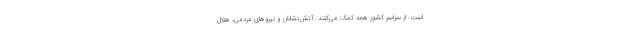
است. از سراسر کشور همه کمک می‌کنند. آتش‌نشانان و نیروهای مردمی، هلال